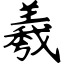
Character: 羲